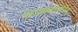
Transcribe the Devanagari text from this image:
ग्लायकोलिपिड